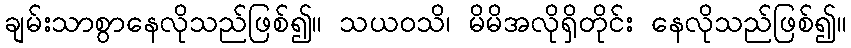
ချမ်းသာစွာနေလိုသည်ဖြစ်၍။ သယဝသိ၊ မိမိအလိုရှိတိုင်း နေလိုသည်ဖြစ်၍။